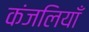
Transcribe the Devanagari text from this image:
कंजलियाँ